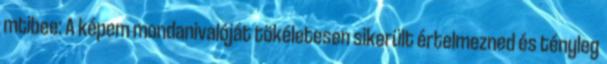
mtibee: A képem mondanivalóját tökéletesen sikerült értelmezned és tényleg